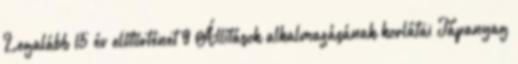
Legalább 15 év előtörténet 9 Állítások alkalmazásának korlátai Tápanyag